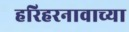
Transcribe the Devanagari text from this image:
हरिहरनावाच्या